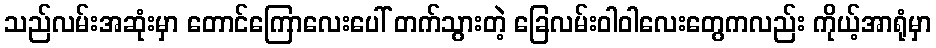
သည်လမ်းအဆုံးမှာ တောင်ကြောလေးပေါ် တက်သွားတဲ့ ခြေလမ်းဝါဝါလေးတွေကလည်း ကိုယ့်အာရုံမှာ